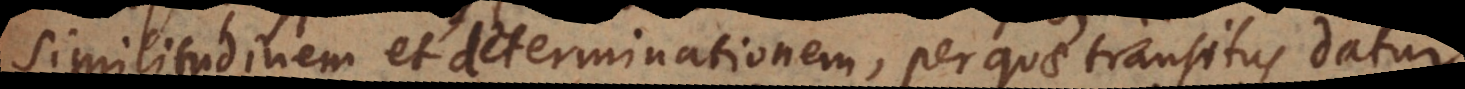
similitudinem et determinationem, per quae transitus datur